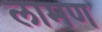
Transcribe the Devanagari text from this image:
लामण